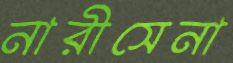
নারীসেনা